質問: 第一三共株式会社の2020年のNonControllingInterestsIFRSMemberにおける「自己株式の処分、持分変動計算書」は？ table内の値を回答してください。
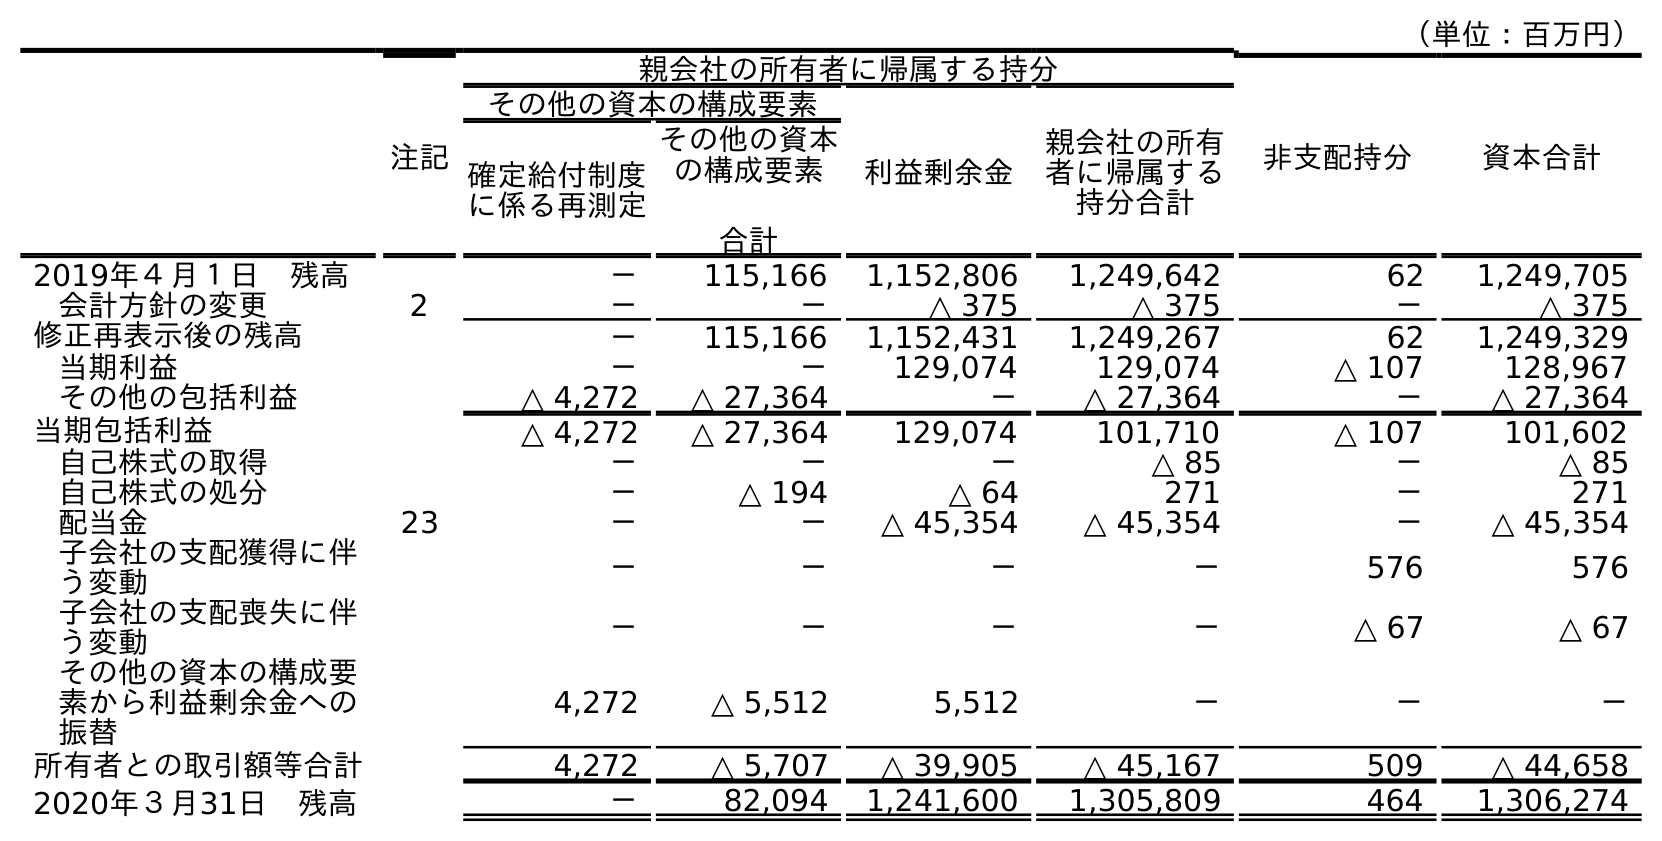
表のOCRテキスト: （単位：百万円） 注記 親会社の所有者に帰属する持分 非支配持分 資本合計 その他の資本の構成要素 利益剰余金 親会社の所有 者に帰属する 持分合計 確定給付制度 に係る再測定 その他の資本 の構成要素 合計 2019年４月１日 残高 － 115,166 1,152,806 1,249,642 62 1,249,705 会計方針の変更 2 － － △ 375 △ 375 － △ 375 修正再表示後の残高 － 115,166 1,152,431 1,249,267 62 1,249,329 当期利益 － － 129,074 129,074 △ 107 128,967 その他の包括利益 △ 4,272 △ 27,364 － △ 27,364 － △ 27,364 当期包括利益 △ 4,272 △ 27,364 129,074 101,710 △ 107 101,602 自己株式の取得 － － － △ 85 － △ 85 自己株式の処分 － △ 194 △ 64 271 － 271 配当金 23 － － △ 45,354 △ 45,354 － △ 45,354 子会社の支配獲得に伴 う変動 － － － － 576 576 子会社の支配喪失に伴 う変動 － － － － △ 67 △ 67 その他の資本の構成要 素から利益剰余金への 振替 4,272 △ 5,512 5,512 － － － 所有者との取引額等合計 4,272 △ 5,707 △ 39,905 △ 45,167 509 △ 44,658 2020年３月31日 残高 － 82,094 1,241,600 1,305,809 464 1,306,274
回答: －